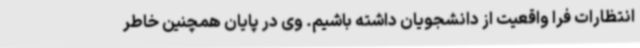
انتظارات فرا واقعیت از دانشجویان داشته باشیم. وی در پایان همچنین خاطر